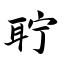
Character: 聍